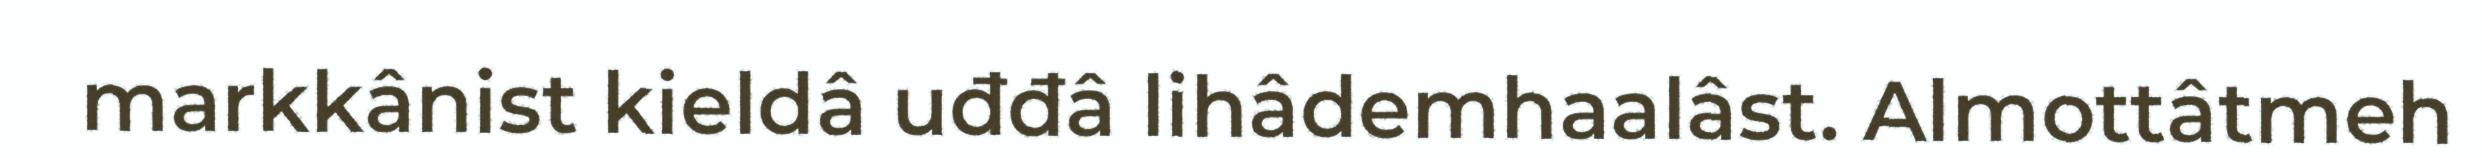
markkânist kieldâ uđđâ lihâdemhaalâst. Almottâtmeh